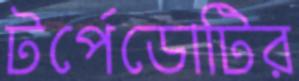
টর্পেডোটির